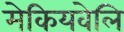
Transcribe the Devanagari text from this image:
मेकियवेलि